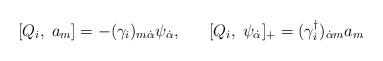
LaTeX: \begin{align*}[Q_{i},\;a_{m}] = - (\gamma_{i})_{m \dot{\alpha}}\psi_{\dot{\alpha}} , \;\;\;\;\;\;[Q_{i},\; \psi_{\dot{\alpha}}]_{+} = (\gamma^{\dagger}_{i})_{\dot{\alpha} m} a_{m}\end{align*}